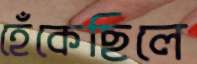
হেঁকেছিলে